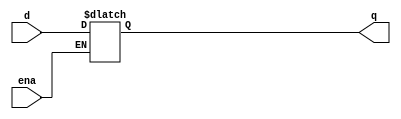
module top_module (
    input d, 
    input ena,
    output reg q);
    always @(*) begin
        if (ena) begin
            q = d;
        end
    end
endmodule